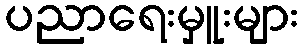
ပညာရေးမှူးများ